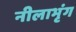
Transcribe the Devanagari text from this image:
नीलाभृंग